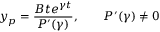
y _ { p } = { \frac { B t e ^ { \gamma t } } { P ^ { \prime } ( \gamma ) } } , \qquad P ^ { \prime } ( \gamma ) \neq 0